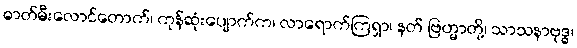
ဓာတ်မီးလောင်တောက်၊ ကုန်ဆုံးပျောက်က၊ လာရောက်ကြရှာ၊ နတ် ဗြဟ္မာတို့၊ သာသနာဗုဒ္ဓ၊